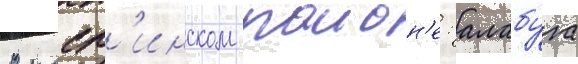
В касл'инском раион'е: алабуга